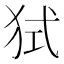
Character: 𤞔